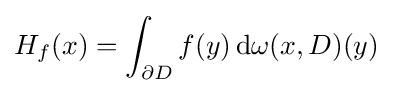
H_{f}(x)=\int _{\partial D}f(y)\,\mathrm {d} \omega (x,D)(y)